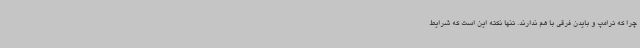
چرا که ترامپ و بایدن فرقی با هم ندارند. تنها نکته این است که شرایط